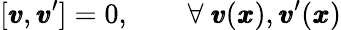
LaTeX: [{\pmb v},{\pmb v}^{\prime}]=0,\qquad\forall\ {\pmb v}({\pmb x}),{\pmb v}^{\prime}({\pmb x})